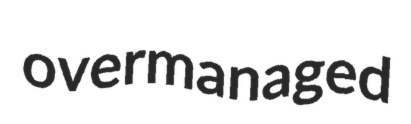
overmanaged